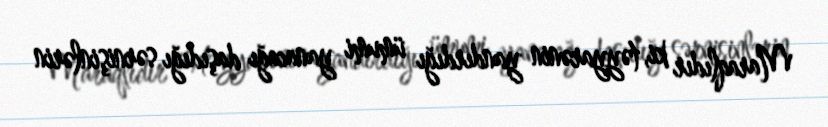
Maraqlıdır ki, təyyarənin yandırdığı ümumi yanacağı daşıdığı sərnişinlərin